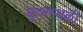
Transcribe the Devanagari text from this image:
कुशस्थळी